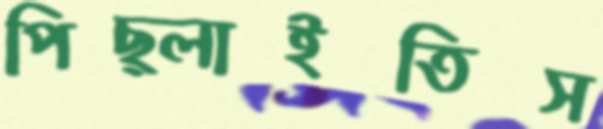
পিছ্‌লাইতিস